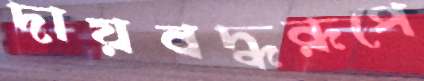
দায়বদ্ধরূপে